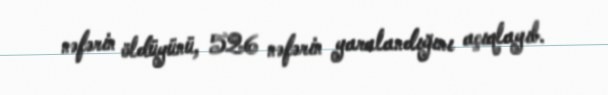
nəfərin öldüyünü, 526 nəfərin yaralandığını açıqlayıb.